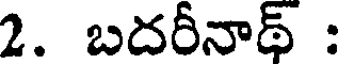
2. బదరీనాథ్ :